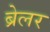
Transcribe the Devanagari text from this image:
ब्रेलर